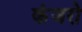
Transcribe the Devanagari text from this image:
कंजरो